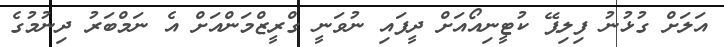
އަލަށް ގުޅުނު ފިލިޕޭ ކުޓީނިއޯއަށް ދީފައި ނުވަނީ ގްރީޒްމަންއަށް އެ ނަމްބަރު ދިނުމުގެ